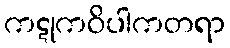
ကဋုကဝိပါကတရာ